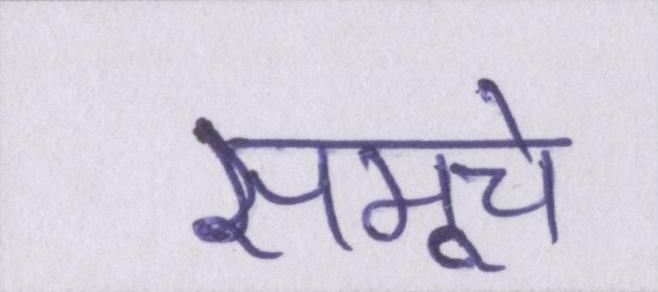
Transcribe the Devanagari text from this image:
समूचे